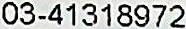
03-41318972